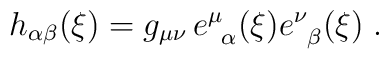
h_{\alpha\beta} (\xi) = g_{\mu\nu} \, e^\mu_{\;\; \alpha} (\xi) e^\nu_{\;\;  \beta} (\xi) \; .